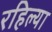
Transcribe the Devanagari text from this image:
रहिल्या